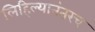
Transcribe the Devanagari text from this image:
लिहिल्यानंतरच